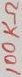
Text: 100KΩ